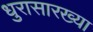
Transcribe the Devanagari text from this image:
धुरासारख्या